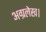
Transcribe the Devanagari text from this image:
अग्रलेख।